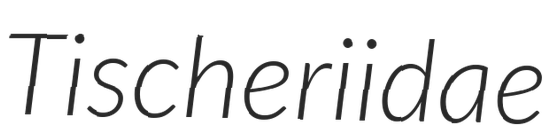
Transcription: Tischeriidae